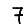
Digit: 7